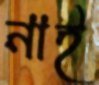
নাই